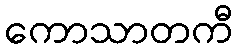
ကောသာတကီ